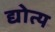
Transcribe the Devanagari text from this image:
द्योत्य